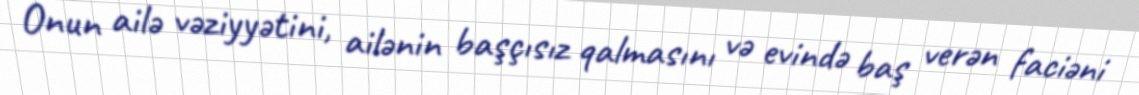
Onun ailə vəziyyətini, ailənin başçısız qalmasını və evində baş verən faciəni